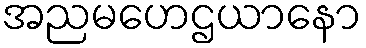
အညမဟေဌယာနော